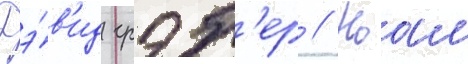
Дэ́в'ид грэб'ер // Ноам